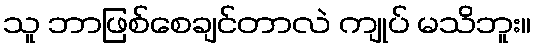
သူ ဘာဖြစ်စေချင်တာလဲ ကျုပ် မသိဘူး။